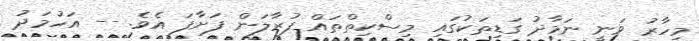
މިހާރު ވަނީ ނަމާދު ގަޑިތަކުގައި މިސްކިތްތައް ފުރާލަން ފަށާފަ އެވެ. -- އަހުމަދު